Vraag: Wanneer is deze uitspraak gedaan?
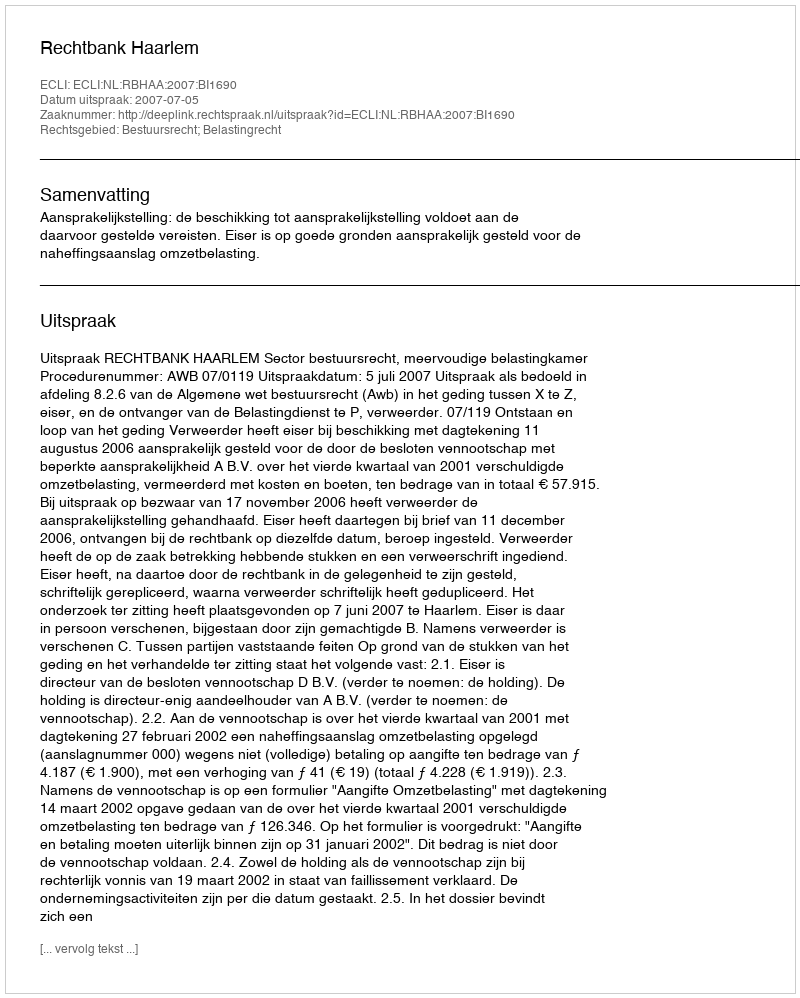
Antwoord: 2007-07-05